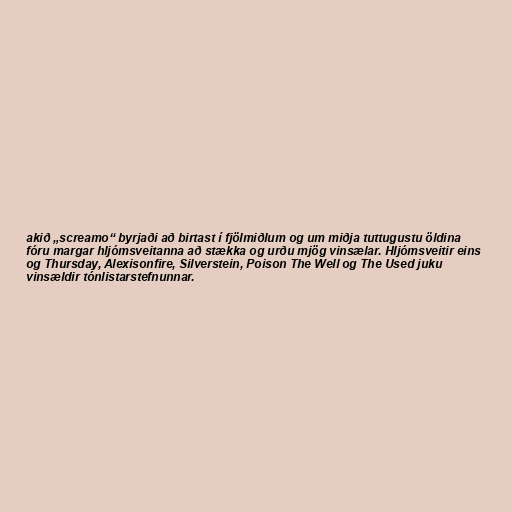
akið „screamo“ byrjaði að birtast í fjölmiðlum og um miðja tuttugustu öldina
fóru margar hljómsveitanna að stækka og urðu mjög vinsælar. Hljómsveitir eins
og Thursday, Alexisonfire, Silverstein, Poison The Well og The Used juku
vinsældir tónlistarstefnunnar.